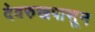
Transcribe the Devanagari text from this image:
देवरुखपासून